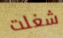
شغلت